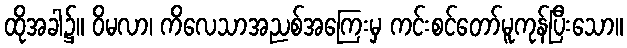
ထိုအခါ၌။ ဝိမလာ၊ ကိလေသာအညစ်အကြေးမှ ကင်းစင်တော်မူကုန်ပြီးသော။